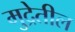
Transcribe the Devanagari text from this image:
मुद्रेतील